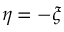
\eta = - \xi